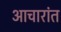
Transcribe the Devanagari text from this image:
आचारांत